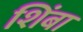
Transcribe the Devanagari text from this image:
शिंबा